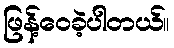
ဖြန့်ဝေခဲ့ပါတယ်။